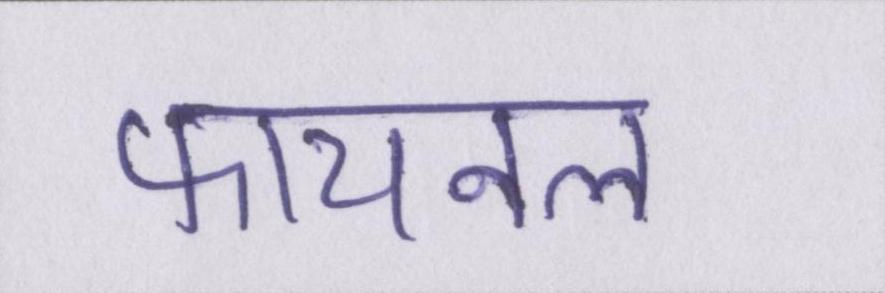
फायनल